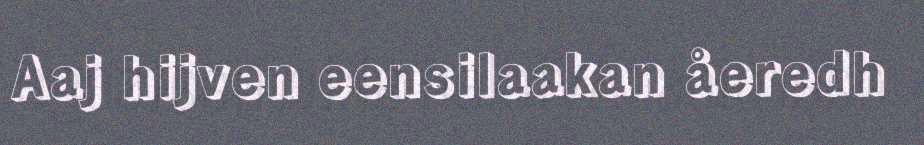
Aaj hijven eensilaakan åeredh